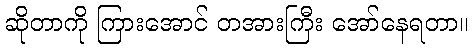
ဆိုတာကို ကြားအောင် တအားကြီး အော်နေရတာ။